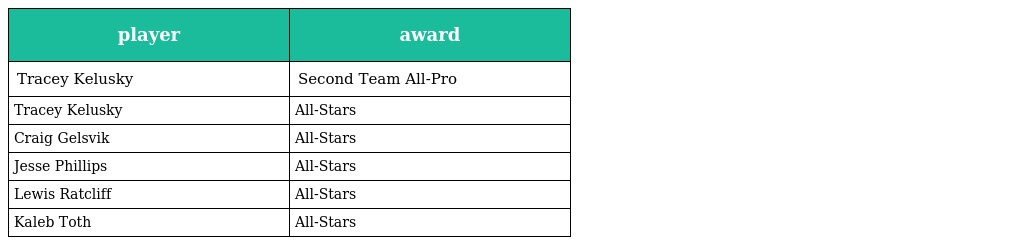
| player | award |
 | --- | --- |
 | Tracey Kelusky | Second Team All-Pro |
 | Tracey Kelusky | All-Stars |
 | Craig Gelsvik | All-Stars |
 | Jesse Phillips | All-Stars |
 | Lewis Ratcliff | All-Stars |
 | Kaleb Toth | All-Stars |